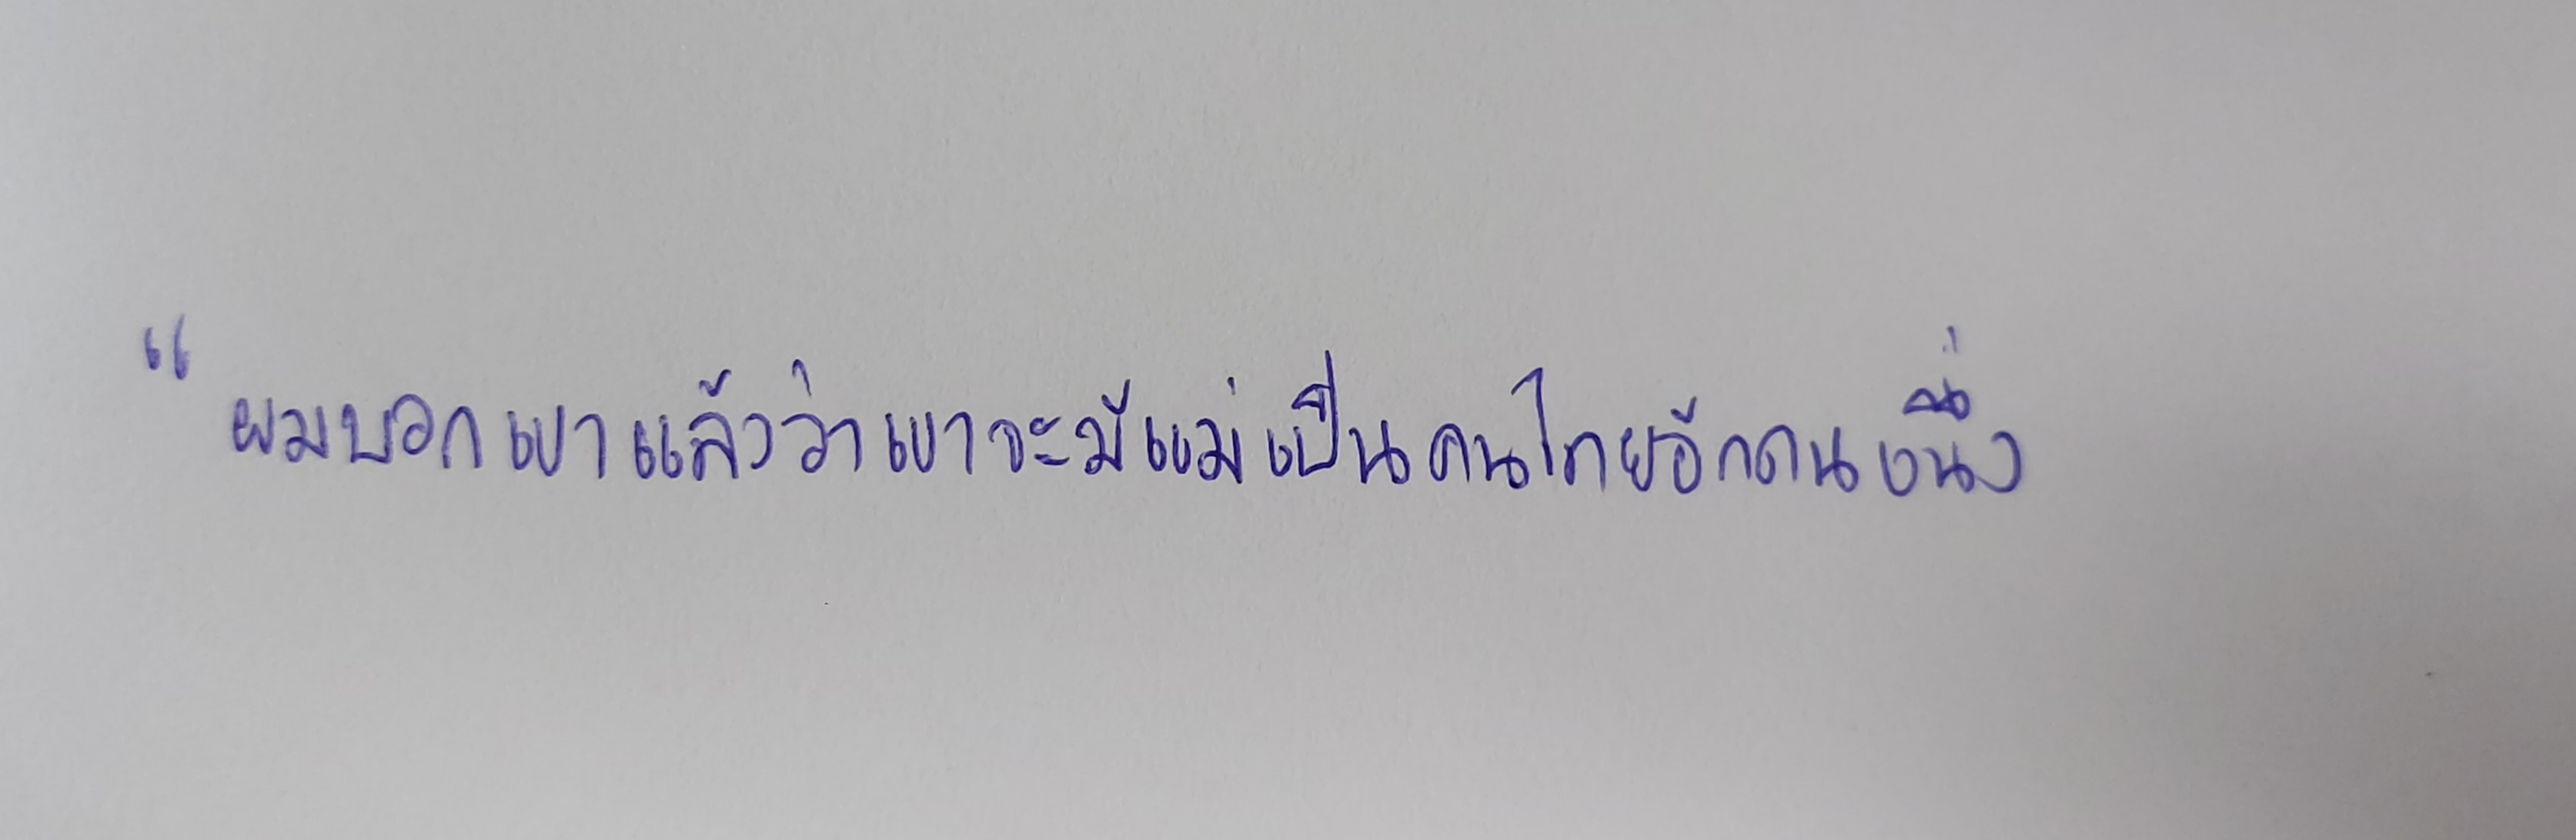
"ผมบอกเขาแล้วว่าเขาจะมีแม่เป็นคนไทยอีกคนหนึ่ง